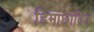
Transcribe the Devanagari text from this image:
हिमाछादित